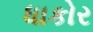
ધાકોર